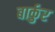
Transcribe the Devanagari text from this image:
बार्कुर